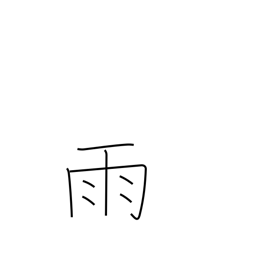
Meaning: rain